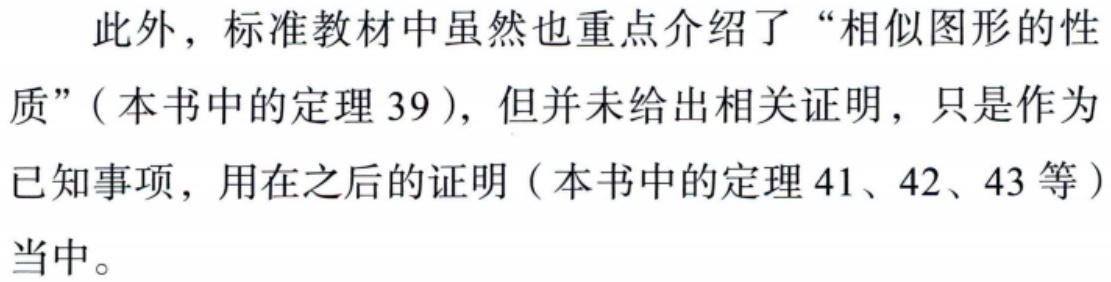
此外，标准教材中虽然也重点介绍了“相似图形的性质”（本书中的定理 39），但并未给出相关证明，只是作为已知事项，用在之后的证明（本书中的定理 41、42、43 等）当中。